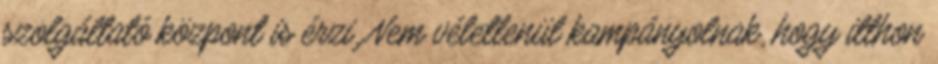
szolgáltató központ is érzi. Nem véletlenül kampányolnak, hogy itthon